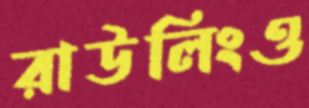
রাউলিংও